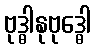
ဗုဒ္ဓါနုဗုဒ္ဓေါ